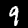
Label: 9